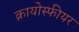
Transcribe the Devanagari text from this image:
क्रायोस्फीयर